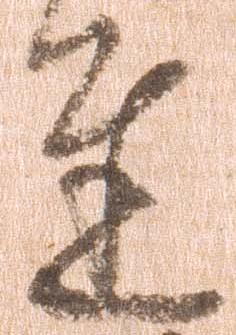
達